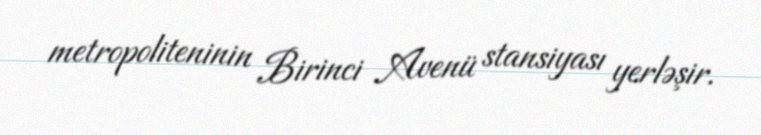
metropoliteninin Birinci Avenü stansiyası yerləşir.